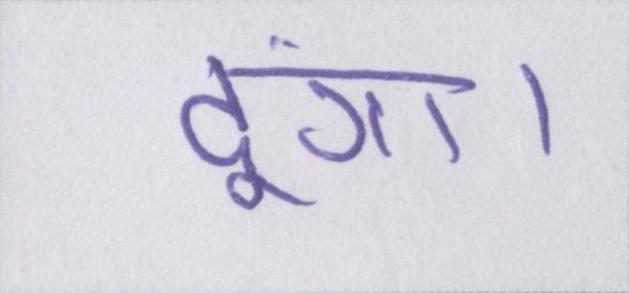
दूंगा।